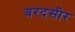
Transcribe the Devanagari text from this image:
बरदसीर